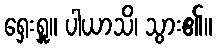
ရှေးရှူ။ ပါယာသိ၊ သွား၏။